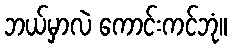
ဘယ်မှာလဲ ကောင်းကင်ဘုံ။